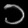
Digit: ၁